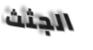
الجثث